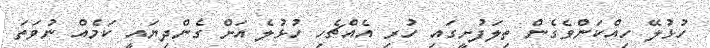
ހުޅުލޭ ހިއްކަންވެގެން ތިލަފުށީގައި ހުރި އެއްޗެހި ހުޅުލެ އަށް ގެންދިޔައީ ކަމެއް ނުވަތަ